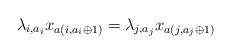
LaTeX: \begin{align*}\lambda_{i,a_i}x_{a(i,a_i\oplus 1)}=\lambda_{j,a_j}x_{a(j,a_j\oplus 1)}\end{align*}